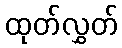
ထုတ်လွှတ်